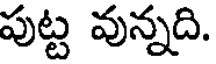
పుట్ట వున్నది.